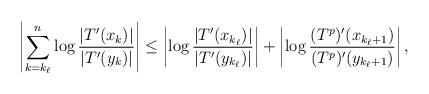
LaTeX: \begin{align*} \left| \sum_{k = k_\ell}^n \log \frac{ |T'(x_k)| } { |T'(y_k)| } \right| \le \left| \log \frac{ | T'(x_{k_\ell}) | } { | T'(y_{k_\ell}) | } \right| + \left| \log \frac{ (T^p)' (x_{k_\ell +1}) } { (T^p)' (y_{k_\ell +1}) } \right|,\end{align*}